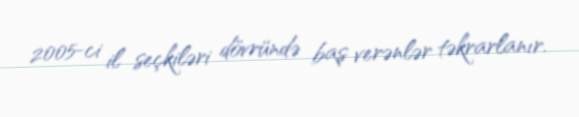
2005-ci il seçkiləri dövründə baş verənlər təkrarlanır.